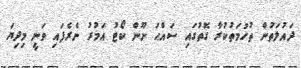
ދައުލަތުން ތުހުމަތުކުރާ ގޮތުގައި ސައްޙަ ނޫން ކޯޓު އަމުރު ނެރެފައި ވަނީ މިދިޔަ